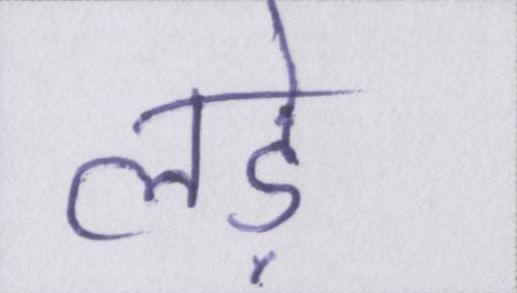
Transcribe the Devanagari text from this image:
लड़े